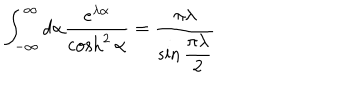
\int _ { - \infty } ^ { \infty } d \alpha \frac { e ^ { \lambda \alpha } } { \cosh ^ { 2 } \alpha } = \frac { \pi \lambda } { \sin \displaystyle \frac { \pi \lambda } { 2 } }